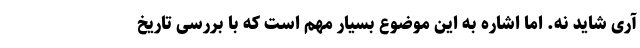
آری شاید نه. اما اشاره به این موضوع بسیار مهم است که با بررسی تاریخ